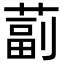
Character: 𦸕